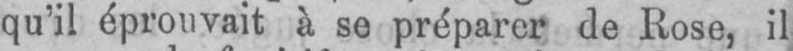
qu’il éprouvait à se préparer de Rose, il